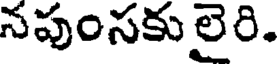
నపుంసకు లైరి.